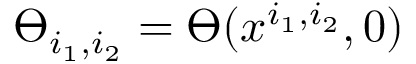
\varTheta _ { i _ { 1 } , i _ { 2 } } = \varTheta ( x ^ { i _ { 1 } , i _ { 2 } } , 0 )